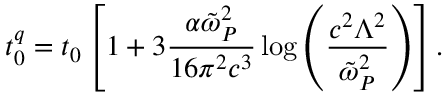
t _ { 0 } ^ { q } = t _ { 0 } \left[ 1 + { 3 } \frac { \alpha \tilde { \omega } _ { P } ^ { 2 } } { 1 6 \pi ^ { 2 } c ^ { 3 } } \log \left( \frac { c ^ { 2 } \Lambda ^ { 2 } } { \tilde { \omega } _ { P } ^ { 2 } } \right) \right] .